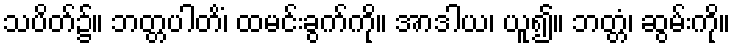
သပိတ်၌။ ဘတ္တပါတိံ၊ ထမင်းခွက်ကို။ အာဒါယ၊ ယူ၍။ ဘတ္တံ၊ ဆွမ်းကို။